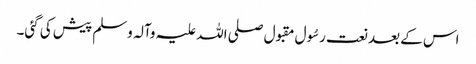
اس کے بعد نعت رسُول مقبول صلی اللہ علیہ وآلہ وسلم پیش کی گئی۔